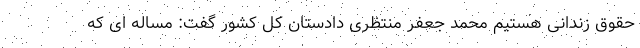
حقوق زندانی هستیم محمد جعفر منتظری دادستان کل کشور گفت: مساله ای که